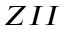
Z I I